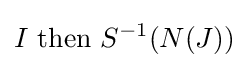
I{\text{ then }}S^{-1}(N(J))